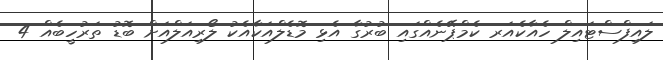
ލައިފްސްޓައިލް ހެއާކެއަރ ކެމްޕޭނެއްގައި ބުރުގާ އެޅި މޮޑެލްއަކާއެކު ލޯރިއަލްއަށް ބޮޑު ތަރުހީބެއް 4